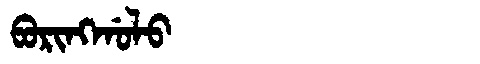
Manchu: ᠪᠣᡵᡳᠩᡤᠣᠯᠣ
Romanization: BORINGGOLO